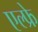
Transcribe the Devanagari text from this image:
एल्फ्रे